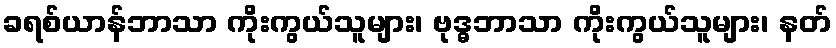
ခရစ်ယာန်ဘာသာ ကိုးကွယ်သူများ၊ ဗုဒ္ဓဘာသာ ကိုးကွယ်သူများ၊ နတ်